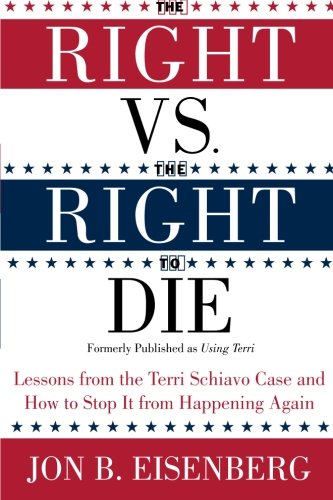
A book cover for The Right vs. the Right to Die: Lessons from the Terri Schiavo Case and How to Stop It from Happening Again; Jon Eisenberg; Law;